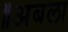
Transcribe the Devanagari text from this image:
॥अबला